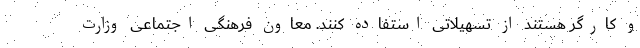
و کارگر هستند از تسهیلاتی استفاده کنند. معاون فرهنگی اجتماعی وزارت